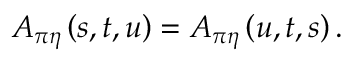
A _ { \pi \eta } \left( s , t , u \right) = A _ { \pi \eta } \left( u , t , s \right) .